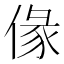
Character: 㑰